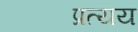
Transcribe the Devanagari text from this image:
प्रत्‍यय